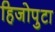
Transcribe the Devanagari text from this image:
हिजोपुटा